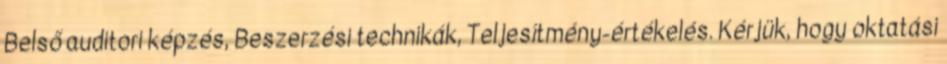
Belső auditori képzés, Beszerzési technikák, Teljesítmény-értékelés. Kérjük, hogy oktatási